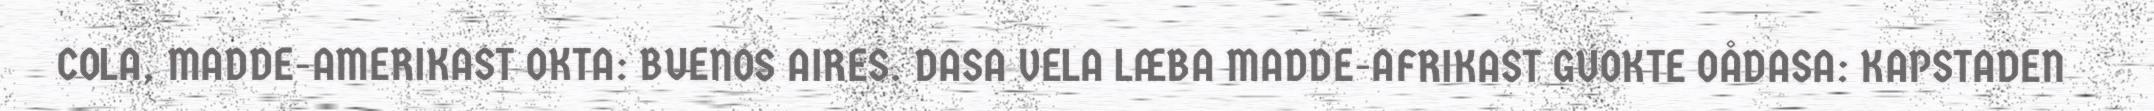
COLA, MADDE-AMERIKAST OKTA: BUENOS AIRES. DASA VELA LÆBA MADDE-AFRIKAST GUOKTE OÅDASA: KAPSTADEN